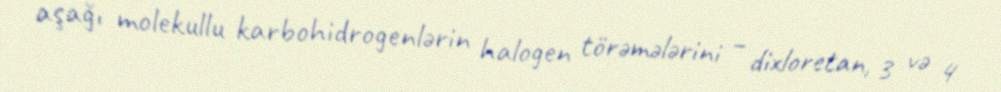
aşağı molekullu karbohidrogenlərin halogen törəmələrini – dixloretan, 3 və 4